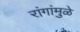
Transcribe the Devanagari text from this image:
रांगांमुळे